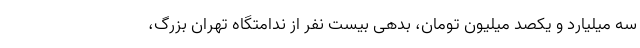
سه میلیارد و یکصد میلیون تومان، بدهی بیست نفر از ندامتگاه تهران بزرگ،